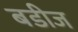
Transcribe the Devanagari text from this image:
बडीज